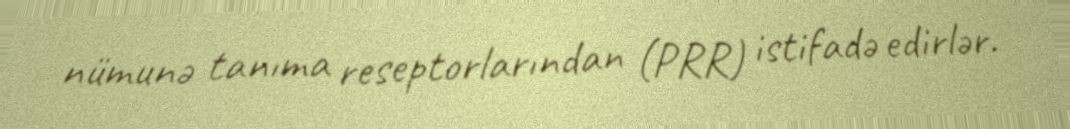
nümunə tanıma reseptorlarından (PRR) istifadə edirlər.